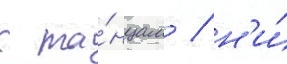
к та́нцам / н'и́